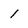
Character: 1